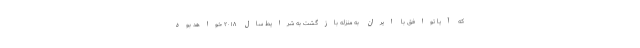
که آیا توافق با ایران به منزله بازگشت به شرایط سال ۲۰۱۸ خواهد بود